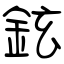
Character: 鉉